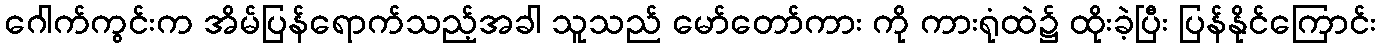
ဂေါက်ကွင်းက အိမ်ပြန်ရောက်သည့်အခါ သူသည် မော်တော်ကား ကို ကားရုံထဲ၌ ထိုးခဲ့ပြီး ပြန်နိုင်ကြောင်း